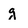
Character: g